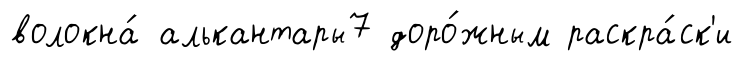
волокна́ алькантары7 доро́жным раскра́ск'и